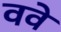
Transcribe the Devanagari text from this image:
ववे